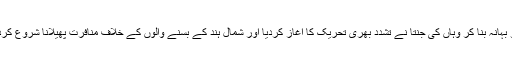
جس کو بہانہ بنا کر وہاں کی جنتا نے تشدد بھری تحریک کا آغاز کردیا اور شمال ہند کے بسنے والوں کے خلاف منافرت پھیلانا شروع کردی ہے۔